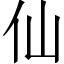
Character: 仙